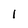
Character: l